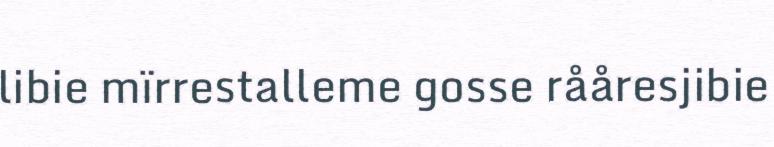
libie mïrrestalleme gosse rååresjibie